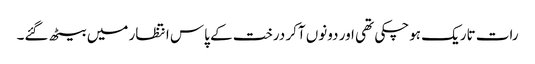
رات تاریک ہوچکی تھی اور دونوں آکر درخت کے پاس انتظار میں بیٹھ گئے۔